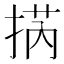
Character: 㨅